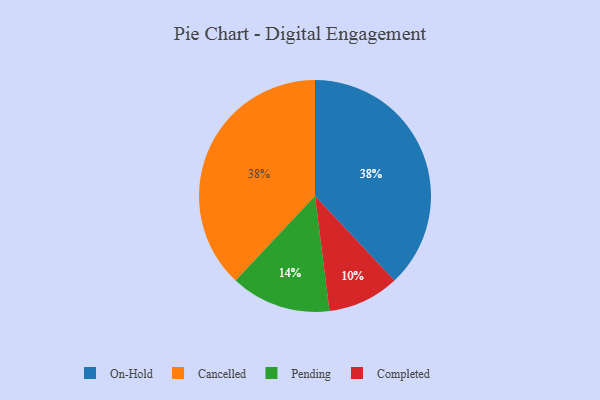
{"axis": {"x": "Category", "y": "Percentage"}, "legend": ["Cancelled", "Completed", "On-Hold", "Pending"], "data": [{"x": "On-Hold", "y": 38, "type": "On-Hold"}, {"x": "Cancelled", "y": 38, "type": "Cancelled"}, {"x": "Pending", "y": 14, "type": "Pending"}, {"x": "Completed", "y": 10, "type": "Completed"}]}